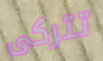
تتركى